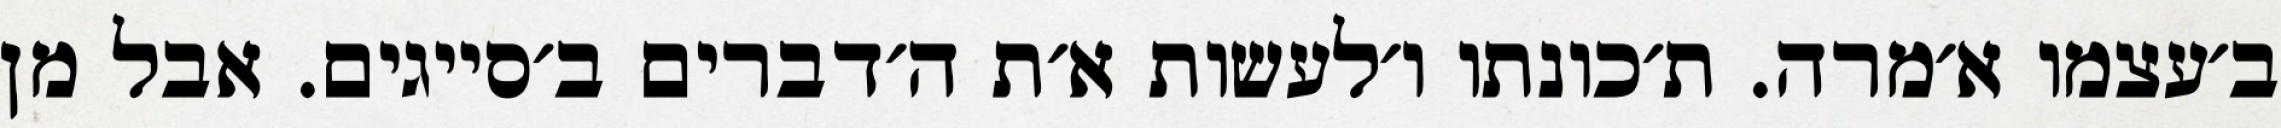
ב׳עצמו א׳מרה. ת׳כונתו ו׳לעשות א׳ת ה׳דברים ב׳סייגים. אבל מן